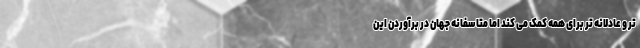
تر و عادلانه تر برای همه کمک می کند اما متاسفانه جهان در برآوردن این